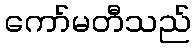
ကော်မတီသည်